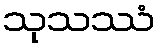
သုသဿံ